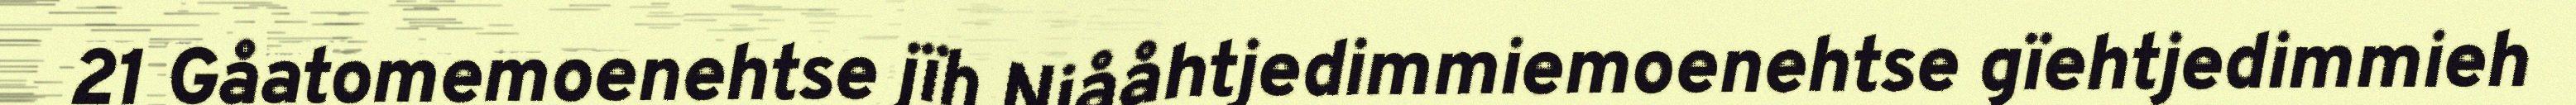
21 Gåatomemoenehtse jïh Njååhtjedimmiemoenehtse gïehtjedimmieh